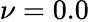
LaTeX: \nu=0.0